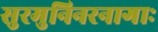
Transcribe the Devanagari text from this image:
सुरमुनिनरनागाः